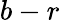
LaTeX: b-r